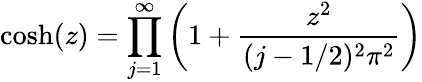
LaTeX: \cosh(z)=\prod_{j=1}^{\infty}\left(1+\frac{z^{2}}{(j-1/2)^{2}\pi^{2}}\right)